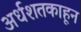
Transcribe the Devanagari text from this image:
अर्धशतकाहून